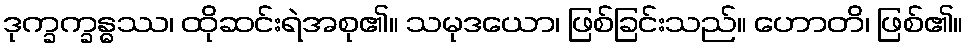
ဒုက္ခက္ခန္ဓဿ၊ ထိုဆင်းရဲအစု၏။ သမုဒယော၊ ဖြစ်ခြင်းသည်။ ဟောတိ၊ ဖြစ်၏။